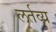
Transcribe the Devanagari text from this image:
लर्तव्य